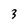
Character: 3